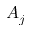
A _ { j }